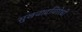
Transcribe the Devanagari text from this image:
सुखवादविरोधी